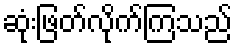
ဆုံးဖြတ်လိုက်ကြသည်